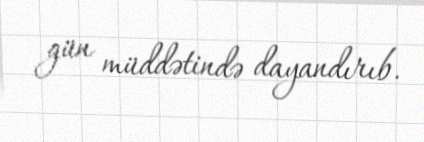
gün müddətində dayandırıb.